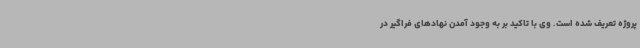
پروژه تعریف شده است. وی با تاکید بر به وجود آمدن نهادهای فراگیر در